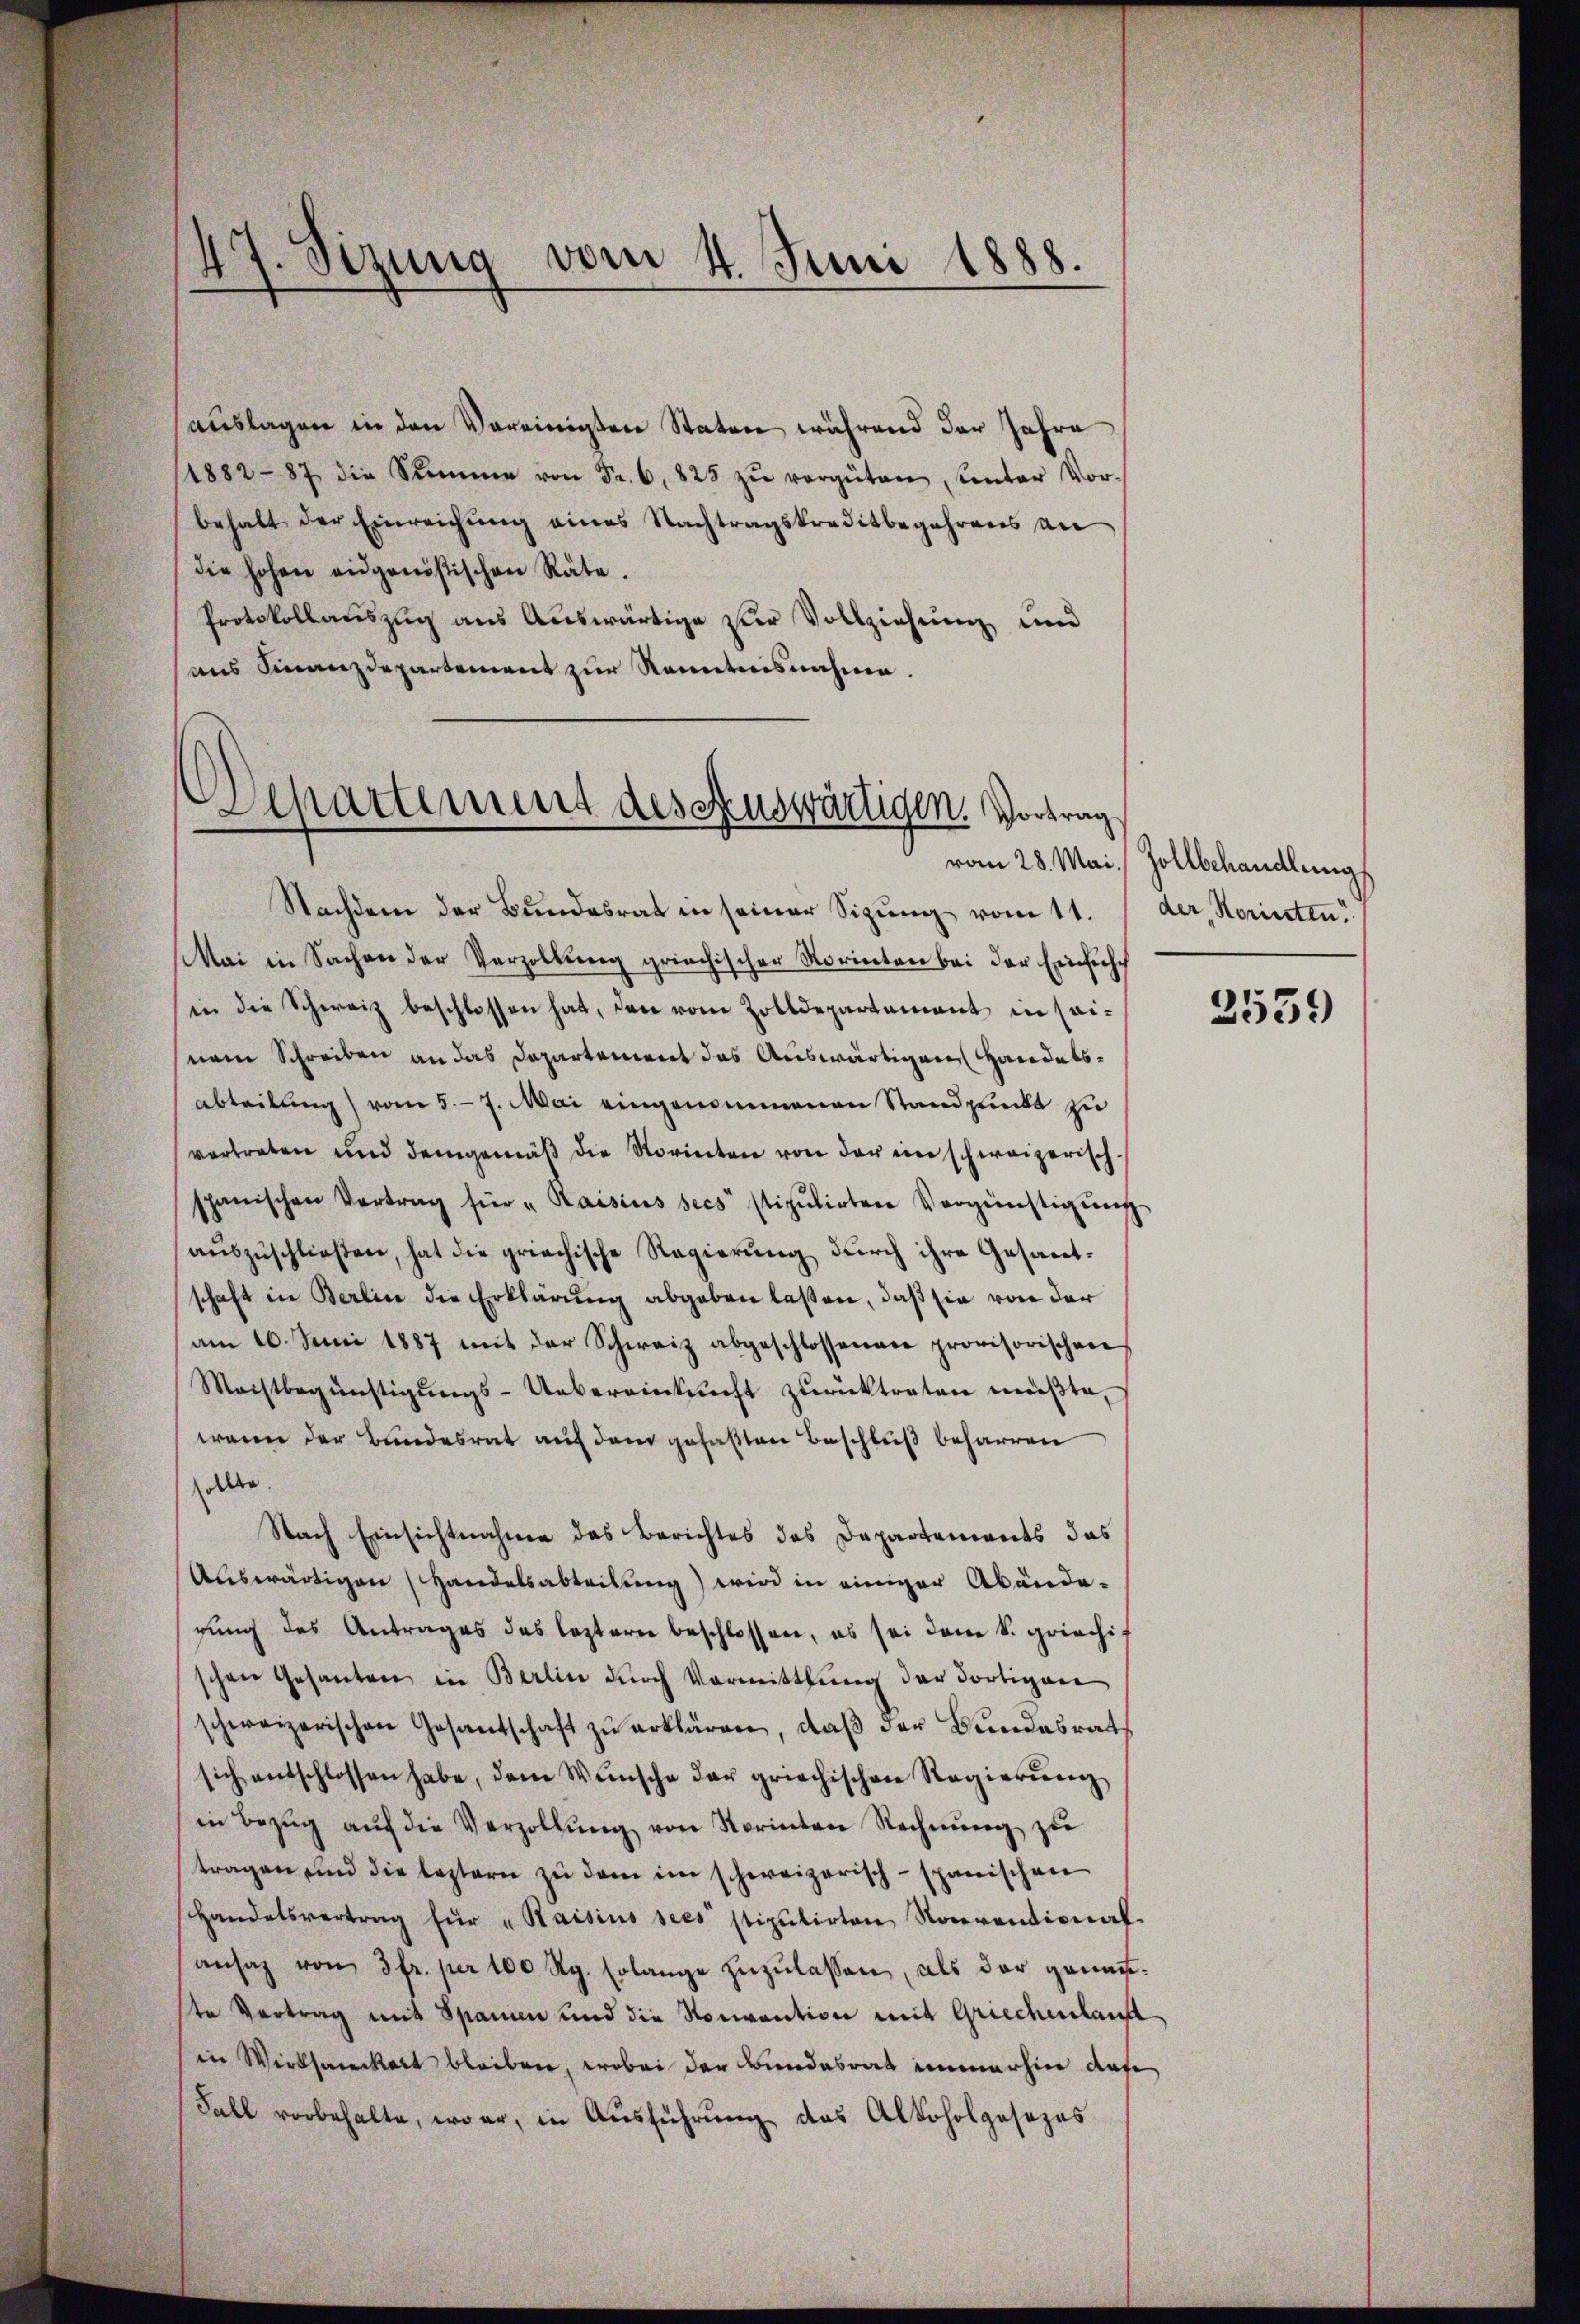
auslagen in den Vereinigten Staten während der Jahre
(1882-87 die Stimme von Fr. 6, 825 zŭ vergüten, unter Vor-
behalt der Einreichung eines Nachtragskreditbegehrens an
die hohen eidgenößischen Räte.
Protokollauszug aus Auswärtige zur Vollziehung und
aus Finanzdepartement zur Kenntnisnahme.

7. Sizung vom 4. Juni 1888.
¬

Separtement des auswärtigen. Vortrag

Nachdem der Bundesrat in seiner Sizung vom 11. der, Korinten
Mai in Sachen der Verzöllung griechischer Vorinten bei der Einfrisch
in die Schweiz beschlossen hat, den vom Zolldepartement in seinem Schreiben an das Departement das Auswärtigen Handelsabteilung vom 5. 7. Mai eingenommenen Standpunkt zu
vertreten und demgemäß die Korinten von der ein schweizerischspanischen Vertrag für „Kaisius secs stipulirten Vergünstigŭng
aŭszŭschließen, hat die griechische Regierung durch ihre Gesandschaft in Berlin die Erklärung abgeben laßen, daß sie von der
am 10. Juni 1887 mit der Schweiz abgeschlossenen provisorischen
Maistbegünstigŭngs-Uebereinkunft zŭrücktreten müßte,
wann der Bundesrat auf dem gefaßten Beschluß beharren
sollte.
Nach Einsichtnahme des Berichtes des Departements das
Auswärtigen Handelsabteilung) wird in einiger Abänderung des Antrages das leztern beschlossen, es sei dem S. griechi-
schen Gesanten in Berlin dŭrch Vormittlung der dortigen
schweizerischen Gesantschaft zŭ erklären, daβ der Bundesrath
sich entschlossen habe, dem Wünsche der griechischen Regierŭng
in Bezŭg aŭf die Verzollŭng von Norinten Rechnŭng zŭ
tragen und die leztern zu dem im schweizerisch-spanischen
Handelsvertrag für „Kaisius sees stipulirten Noterentional-
ansaz von 3fr. per 100 Rg. solange zŭzŭlassen, als der genaute Vertrag mit Spanien und die Nonvention mit Griechenlauf
in Wirksamkeit bleiben, wobei der Bundesrat immerhin diese
Fall vorbehalte, war, in Ausführung des Alkoholgesezes

vom 28. Mai. Zollbehandlung

3559